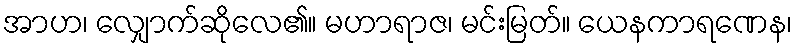
အာဟ၊ လျှောက်ဆိုလေ၏။ မဟာရာဇ၊ မင်းမြတ်။ ယေနကာရဏေန၊